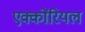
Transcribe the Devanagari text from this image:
एक्कोंरियल